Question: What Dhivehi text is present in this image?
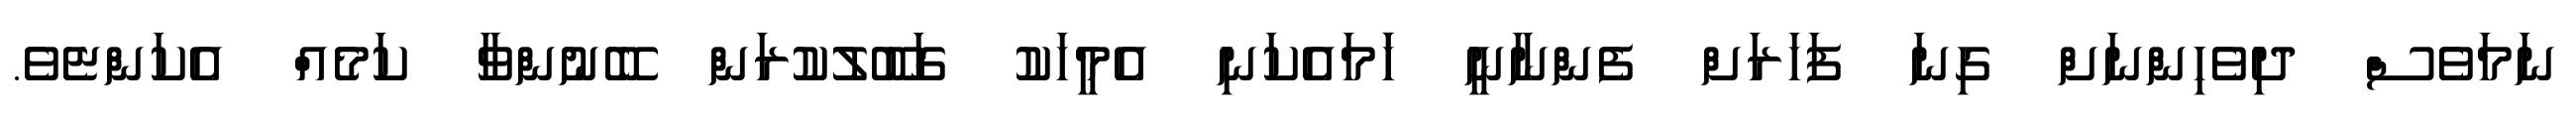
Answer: ނަމަވެސް ދިވެހިންނަށް ގިނަ ފަހަރަށް ފެންނާނީ ހަަމައެކަނި އެމީހަކު ގަބޫލުކުރަން ބޭނުންވާ ކަމެއް އެކަންޏެވެ.